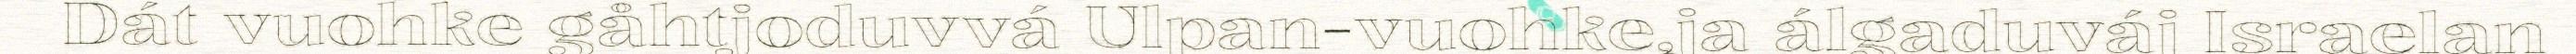
Dát vuohke gåhtjoduvvá Ulpan-vuohke,ja álgaduváj Israelan